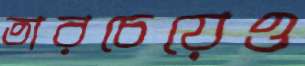
তারচেয়েও